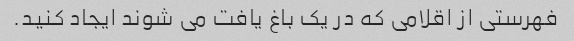
فهرستی از اقلامی که در یک باغ یافت می شوند ایجاد کنید.